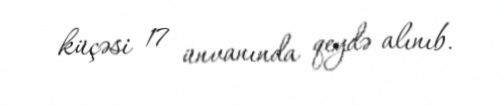
küçəsi 17 ünvanında qeydə alınıb.